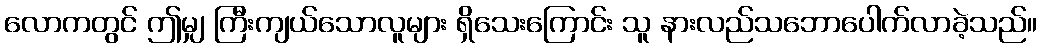
လောကတွင် ဤမျှ ကြီးကျယ်သောလူများ ရှိသေးကြောင်း သူ နားလည်သဘောပေါက်လာခဲ့သည်။